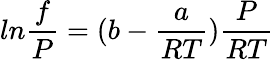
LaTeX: ln\frac{f}{P}=(b-\frac{a}{RT})\frac{P}{RT}